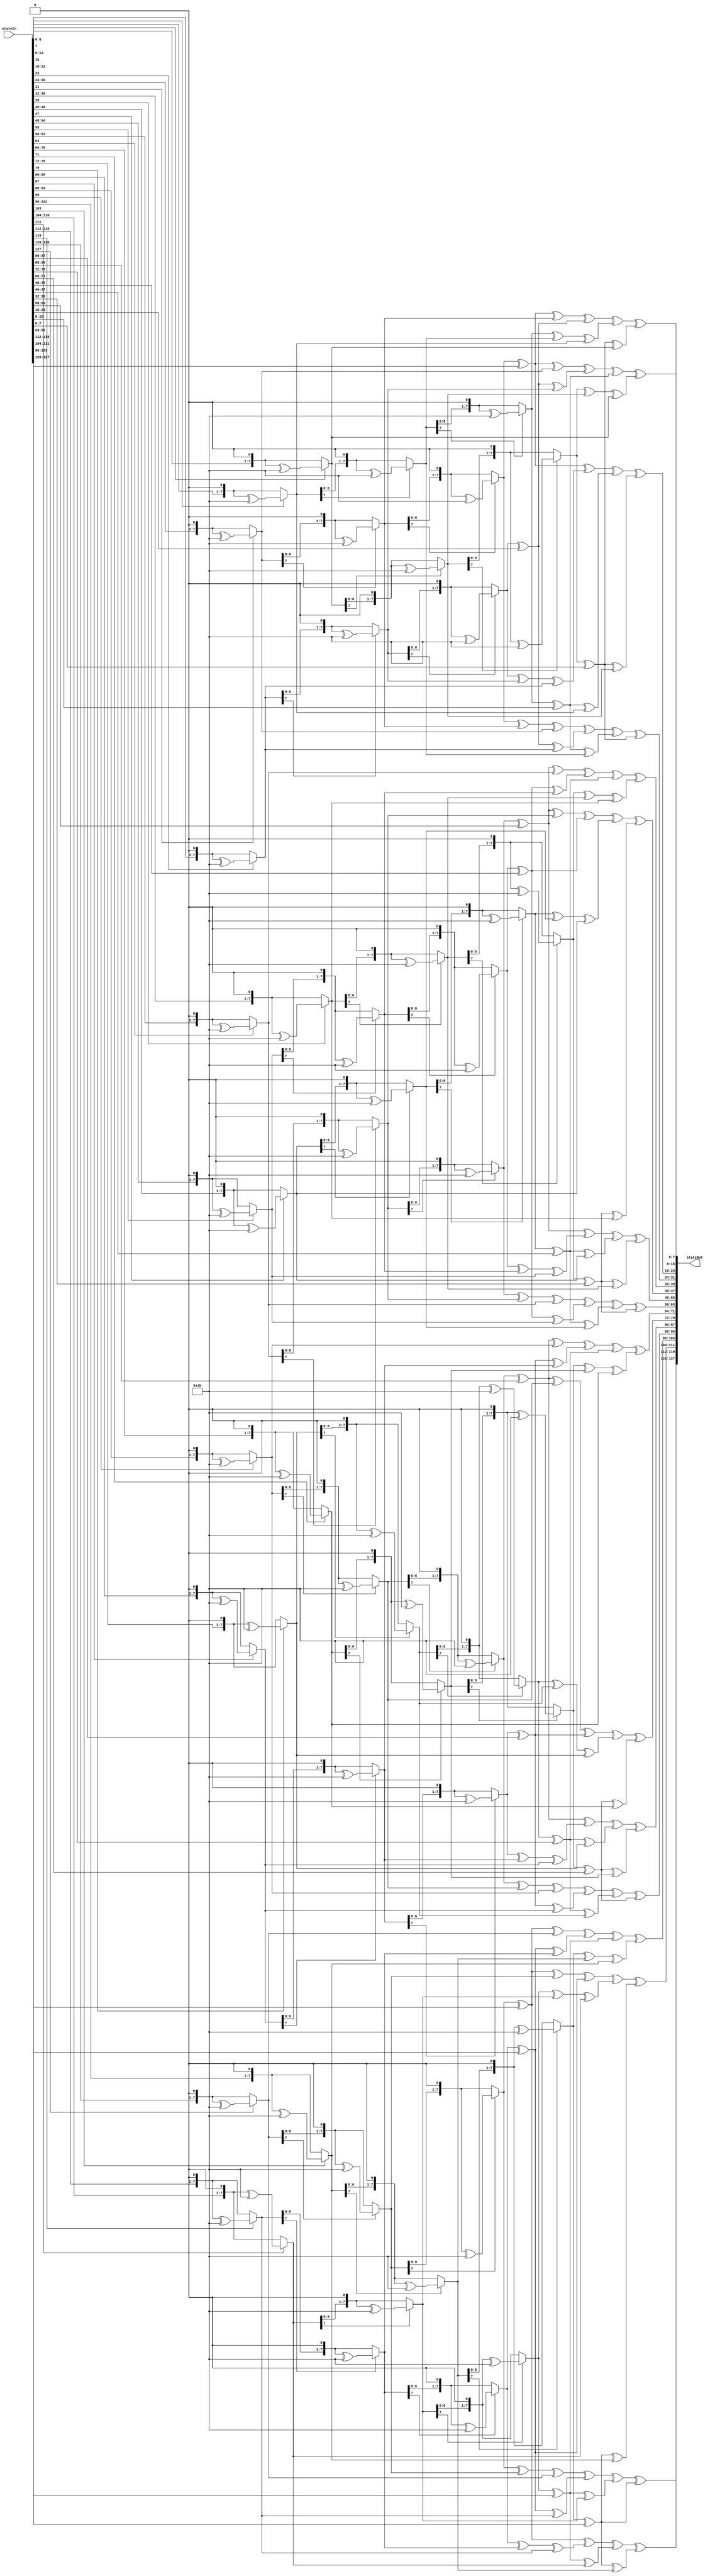
module InvMixColumns(input [0:127] stateIn, output [0:127] stateOut);

    function [7:0] Multiply_2(input[7:0] stateByte);
	    begin
	        if(stateByte[7] == 0) 
		        Multiply_2 = stateByte << 1;
		      else begin
		        Multiply_2 = stateByte << 1;
		       	Multiply_2 = Multiply_2 ^ 8'h1b;
		      end
		 end
	endfunction
	
	
	//9 = 8 + 1 -> 1000 ^ 0001 = 1001
	function [7:0] Multiply_9(input[7:0] stateByte);
	    Multiply_9 = Multiply_2(Multiply_2(Multiply_2(stateByte))) ^ stateByte;
	endfunction
	
	//11 = 9 + 2 -> 1001 ^ 0010 = 1011
	function [7:0] Multiply_11(input[7:0] stateByte);
	    Multiply_11 = Multiply_9(stateByte) ^ Multiply_2(stateByte);
	endfunction
	
	//13 = 9 + 4 -> 1001 ^ 0100 = 1101
	function [7:0] Multiply_13(input[7:0] stateByte);
	    Multiply_13 = Multiply_9(stateByte) ^ Multiply_2(Multiply_2(stateByte));
	endfunction
	

    //14 = 8 + 4 + 2  -> 1000 ^ 0100 ^ 0010 = 1110
    function [7:0] Multiply_14(input[7:0] stateByte);
	    Multiply_14 = Multiply_2(Multiply_2(Multiply_2(stateByte))) ^ Multiply_2(Multiply_2(stateByte)) ^ Multiply_2(stateByte);
	endfunction
 
 
    genvar i;
	generate
	    for(i = 0; i < 4; i = i + 1) begin : InvMixColumnsLoop
            assign stateOut[i * 32 : i * 32 + 7] = Multiply_14(stateIn[i * 32 : i * 32 + 7]) ^ Multiply_11(stateIn[i*32 + 8 : i*32 + 15]) ^ Multiply_13(stateIn[i*32 + 16 : i*32 + 23]) ^ Multiply_9(stateIn[i*32 + 24 : i*32 + 31]);    
		    assign stateOut[i*32 + 8 : i*32 + 15] = Multiply_9(stateIn[i * 32 : i * 32 + 7]) ^ Multiply_14(stateIn[i*32 + 8 : i*32 + 15]) ^ Multiply_11(stateIn[i*32 + 16 : i*32 + 23]) ^ Multiply_13(stateIn[i*32 + 24 : i*32 + 31]);
		    assign stateOut[i*32 + 16 : i*32 + 23] = Multiply_13(stateIn[i * 32 : i * 32 + 7]) ^ Multiply_9(stateIn[i*32 + 8 : i*32 + 15]) ^ Multiply_14(stateIn[i*32 + 16 : i*32 + 23]) ^ Multiply_11(stateIn[i*32 + 24 : i*32 + 31]); 
		    assign stateOut[i*32 + 24 : i*32 + 31] = Multiply_11(stateIn[i * 32 : i * 32 + 7]) ^ Multiply_13(stateIn[i*32 + 8 : i*32 + 15]) ^ Multiply_9(stateIn[i*32 + 16 : i*32 + 23]) ^ Multiply_14(stateIn[i*32 + 24 : i*32 + 31]);  	 
	    end
	endgenerate
	
endmodule